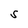
Character: S